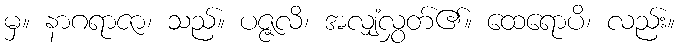
မှ။ နာဂရာဇာ၊ သည်။ ပဇ္ဇလိ၊ အလျှံလွှတ်၏။ ထေရောပိ၊ လည်း။